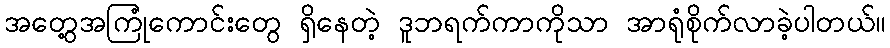
အတွေ့အကြုံကောင်းတွေ ရှိနေတဲ့ ဒူဘရက်ကာကိုသာ အာရုံစိုက်လာခဲ့ပါတယ်။